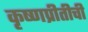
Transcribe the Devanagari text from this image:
कृष्णप्रीतीची